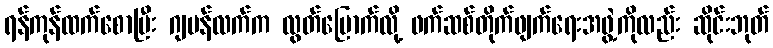
ရန်ကုန်ထက်စောပြီး ဂျပန်လက်က လွတ်မြောက်လို့ ဖက်ဆစ်တိုက်ဖျက်ရေးအဖွဲ့ကိုလည်း ဆိုင်းဘုတ်